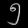
Digit: ၅